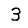
Digit: 3